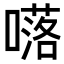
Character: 𡀩